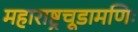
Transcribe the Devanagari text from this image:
महाराष्ट्रचूडामणिः